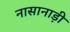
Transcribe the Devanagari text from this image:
नासानाड़ी